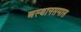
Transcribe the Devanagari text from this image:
अस्थानसमास